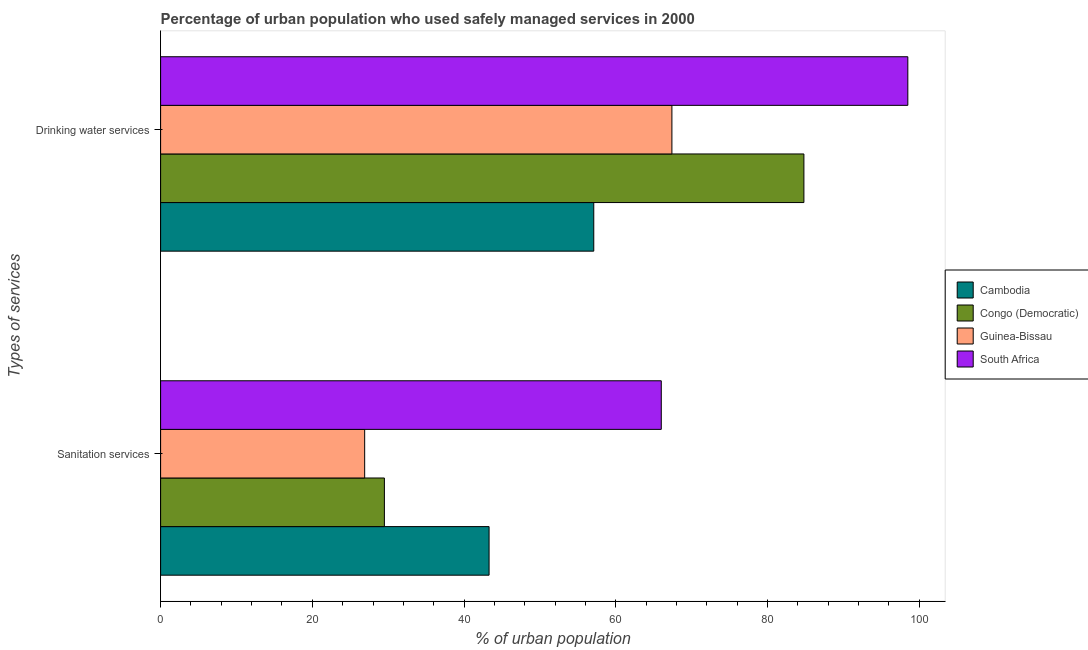
| Types of services | Cambodia | Congo (Democratic) | Guinea-Bissau | South Africa |
 | --- | --- | --- | --- | --- |
 | Sanitation services | 43.3 | 29.5 | 26.9 | 66 |
 | Drinking water services | 57.1 | 84.8 | 67.4 | 98.5 |